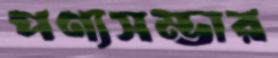
পণ্যসম্ভার